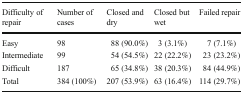
<table><thead><tr><td><b>Difficulty of repair</b></td><td><b>Number of cases</b></td><td><b>Closed and dry</b></td><td><b>Closed but wet</b></td><td><b>Failed repair</b></td></tr></thead><tbody><tr><td>Easy</td><td>98</td><td>88 (90.0%)</td><td>3 (3.1%)</td><td>7 (7.1%)</td></tr><tr><td>Intermediate</td><td>99</td><td>54 (54.5%)</td><td>22 (22.2%)</td><td>23 (23.2%)</td></tr><tr><td>Difficult</td><td>187</td><td>65 (34.8%)</td><td>38 (20.3%)</td><td>84 (44.9%)</td></tr><tr><td>Total</td><td>384 (100%)</td><td>207 (53.9%)</td><td>63 (16.4%)</td><td>114 (29.7%)</td></tr></tbody></table>